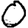
Digit: 0